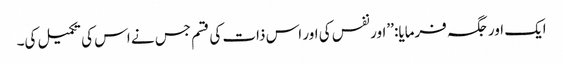
ایک اور جگہ فرمایا: ’’اور نفس کی اور اس ذات کی قسم جس نے اس کی تکمیل کی۔